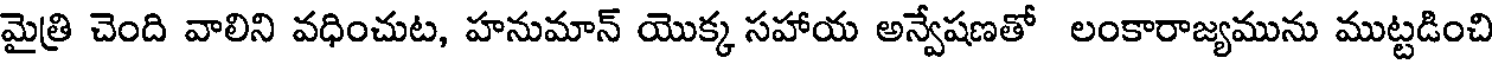
మైత్రి చెంది వాలిని వధించుట, హనుమాన్ యొక్క సహాయ అన్వేషణతో లంకారాజ్యమును ముట్టడించి